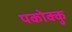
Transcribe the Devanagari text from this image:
पकोक्कु